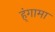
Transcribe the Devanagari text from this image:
ह्ंगामा